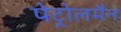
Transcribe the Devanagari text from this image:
पेट्रोलमैन